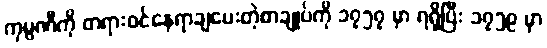
ကုမ္ပဏီကို တရားဝင်နေရာချပေးတဲ့စာချုပ်ကို ၁၇၅၇ မှာ ရရှိပြီး ၁၇၅၉ မှာ